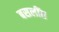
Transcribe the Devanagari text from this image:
बसलींत